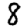
Digit: 8